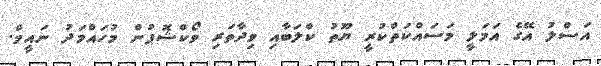
އަސްލު އޭގެ އަމަލީ މަސައްކަތްކުރީ ޔޫތު ކްލަބާއި ވިދާތަރި ވޯކްޝޮޕުން މުހައްމަދު ނައީމް.